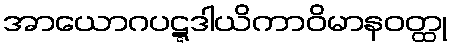
အာယောဂပဋ္ဋဒါယိကာဝိမာနဝတ္ထု